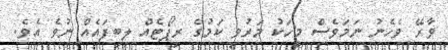
ވާރޭ ވެހެނު ނަމަވެސް މީހަކު މަރުވި ކަމުގެ ރިޕޯޓެއް ލިބިފައެއް ނުވެ އެވެ.